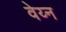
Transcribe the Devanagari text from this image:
वेय्न